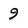
Character: 9